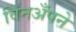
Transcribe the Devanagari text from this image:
विनअँपने